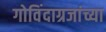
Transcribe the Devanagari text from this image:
गोविंदाग्रजांच्या